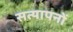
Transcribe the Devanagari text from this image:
सत्यापनों